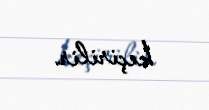
keçirilir.